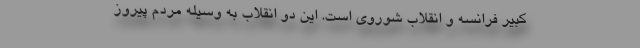
کبیر فرانسه و انقلاب شوروی است. این دو انقلاب به وسیله مردم پیروز